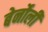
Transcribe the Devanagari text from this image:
बेर्नोली